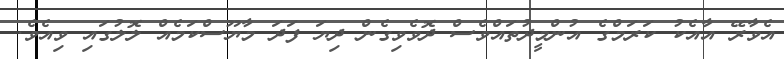
އެވާރޭ އާއެކު ކަރަމްގެ އުންމީދުތައްވެސް ދޮވެވިގެން ދިޔަ ފަދަ މާޔޫސްކަމެއް ލޮލުގައި ވިއެވެ.